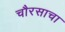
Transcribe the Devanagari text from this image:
चौरसाचा